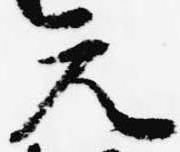
元